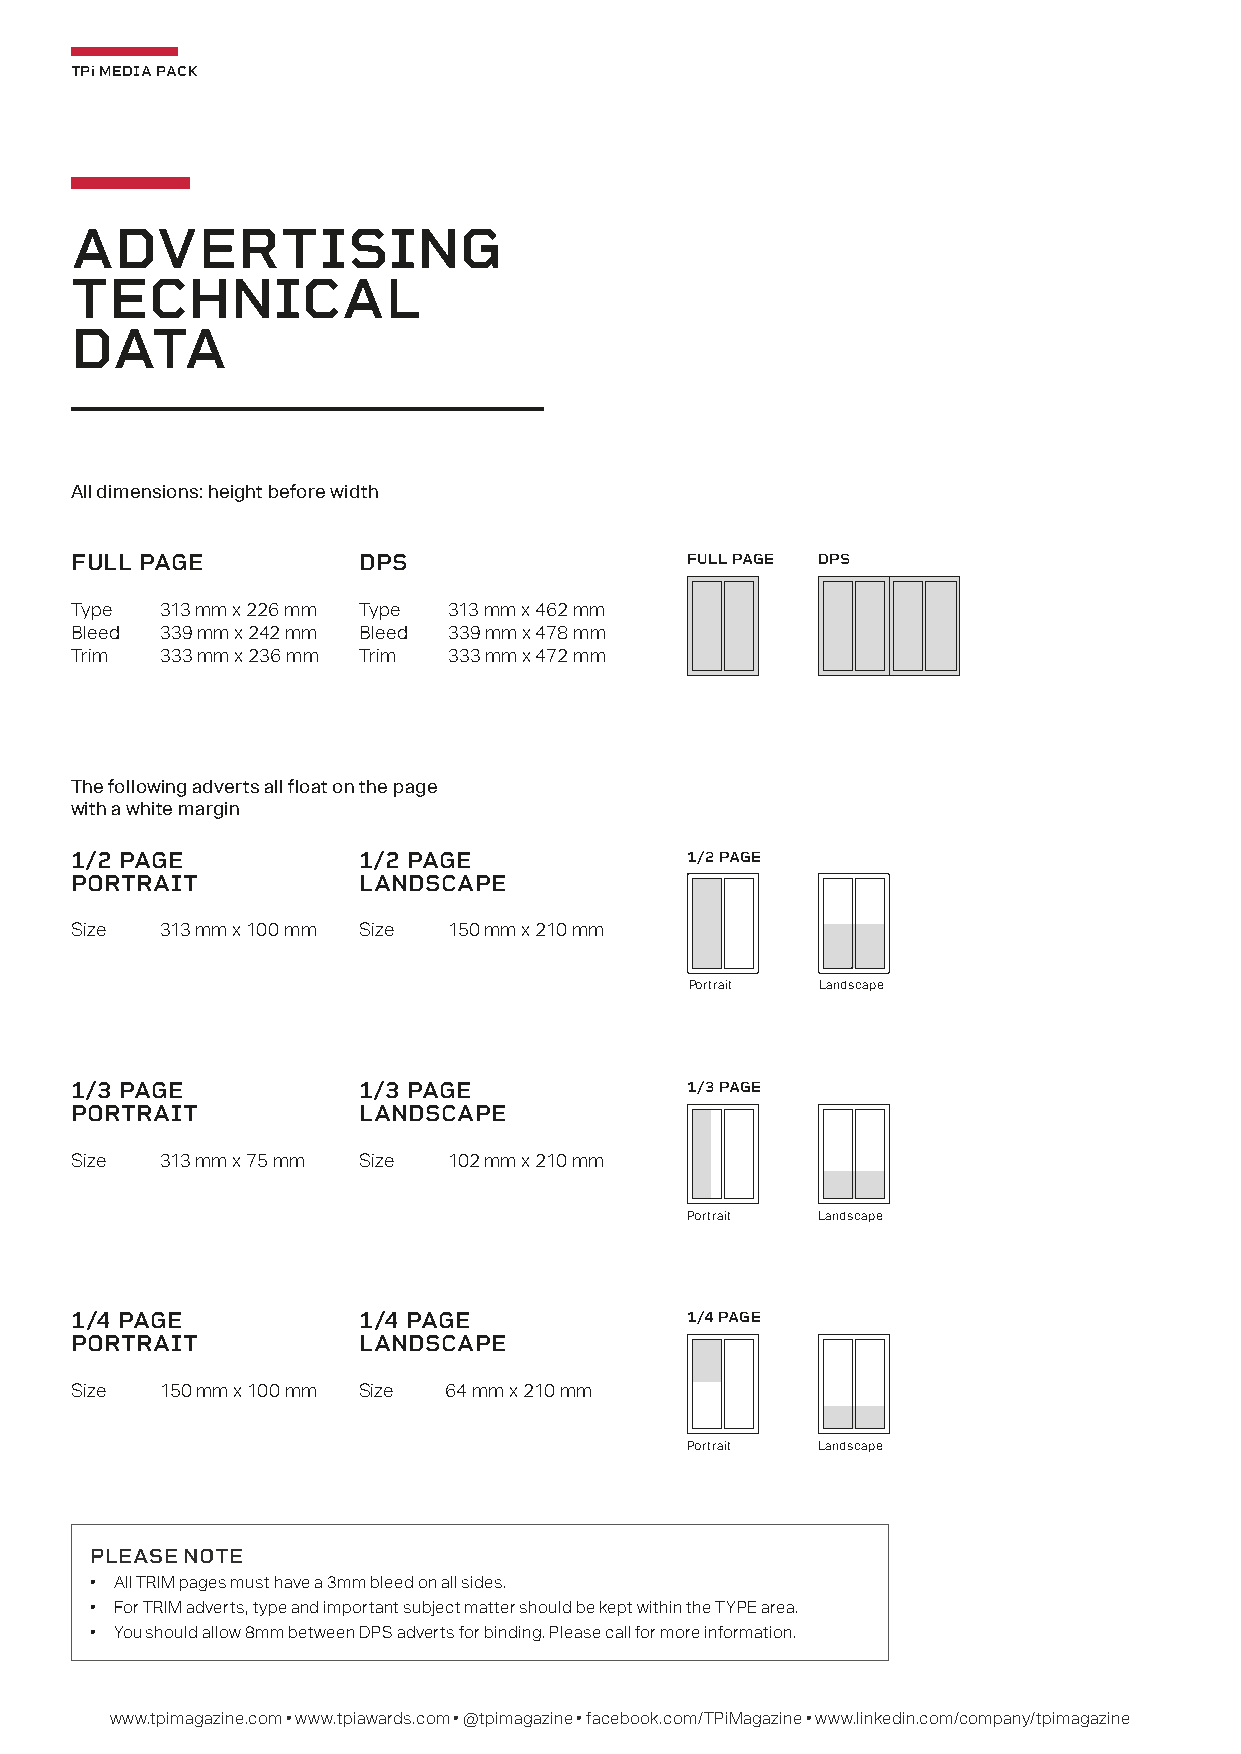
TPi MEDIA PACK
 ADVERTISING
 TECHNICAL
 DATA
 All dimensions: height before width
 FULL PAGE          DPS                  FULL PAGE DPS
 Type  313 mm x 226 mm Type 313 mm x 462 mm
 Bleed 339 mm x 242 mm Bleed 339 mm x 478 mm
 Trim  333 mm x 236 mm Trim 333 mm x 472 mm
 The following adverts all float on the page
 with a white margin
 1/2 PAGE           1/2 PAGE             1/2 PAGE
 PORTRAIT           LANDSCAPE
 Size  313 mm x 100 mm Size 150 mm x 210 mm
 Portrait Landscape
 1/3 PAGE           1/3 PAGE             1/3 PAGE
 PORTRAIT           LANDSCAPE
 Size  313 mm x 75 mm Size 102 mm x 210 mm
 Portrait Landscape
 1/4 PAGE           1/4 PAGE             1/4 PAGE
 PORTRAIT           LANDSCAPE
 Size  150 mm x 100 mm Size 64 mm x 210 mm
 Portrait Landscape
 PLEASE NOTE
 • All TRIM pages must have a 3mm bleed on all sides.
 • For TRIM adverts, type and important subject matter should be kept within the TYPE area.
 • You should allow 8mm between DPS adverts for binding. Please call for more information.
 www.tpimagazine.com • www.tpiawards.com • @tpimagazine • facebook.com/TPiMagazine • www.linkedin.com/company/tpimagazine